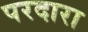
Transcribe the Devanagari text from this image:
परदारा